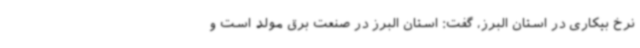
نرخ بیکاری در استان البرز، گفت: استان البرز در صنعت برق مولد است و